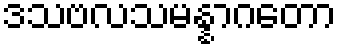
ဒသဗလသမန္နာဂတော